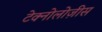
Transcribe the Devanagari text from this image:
टेक्नोलोज़ीस